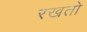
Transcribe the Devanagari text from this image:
रखतो